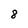
Character: 8